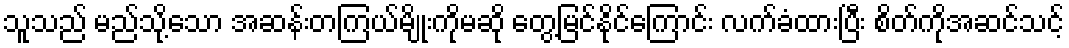
သူသည် မည်သို့သော အဆန်းတကြယ်မျိုးကိုမဆို တွေ့မြင်နိုင်ကြောင်း လက်ခံထားပြီး စိတ်ကိုအဆင်သင့်